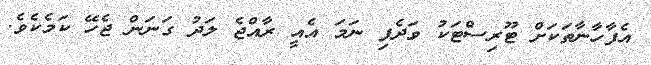
އެފާހާނާތަކަށް ޓޫރިސްޓަކު ވަދެފި ނަމަ އެއީ ރާއްޖެ ލަދު ގަނަން ޖެހޭ ކަމެކެވެ.